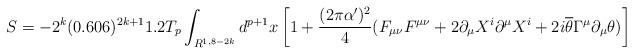
LaTeX: \begin{align*}S=-2^k(0.606)^{2k+1}1.2T_p\int_{R^{1,8-2k}}d^{p+1}x \left[1+\frac{(2\pi\alpha')^2}{4}(F_{\mu\nu}F^{\mu\nu}+2\partial_{\mu}X^i\partial^{\mu}X^i+2i\overline{\theta}\Gamma^{\mu}\partial_{\mu}\theta )\right]\end{align*}